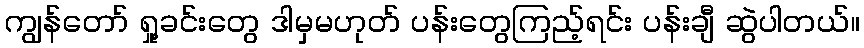
ကျွန်တော် ရှု့ခင်းတွေ ဒါမှမဟုတ် ပန်းတွေကြည့်ရင်း ပန်းချီ ဆွဲပါတယ်။